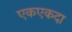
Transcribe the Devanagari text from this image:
एकएकदा